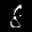
Label: 8